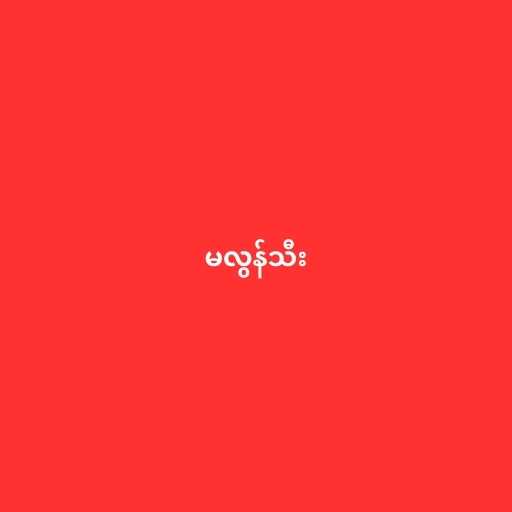
မလွန်သီး